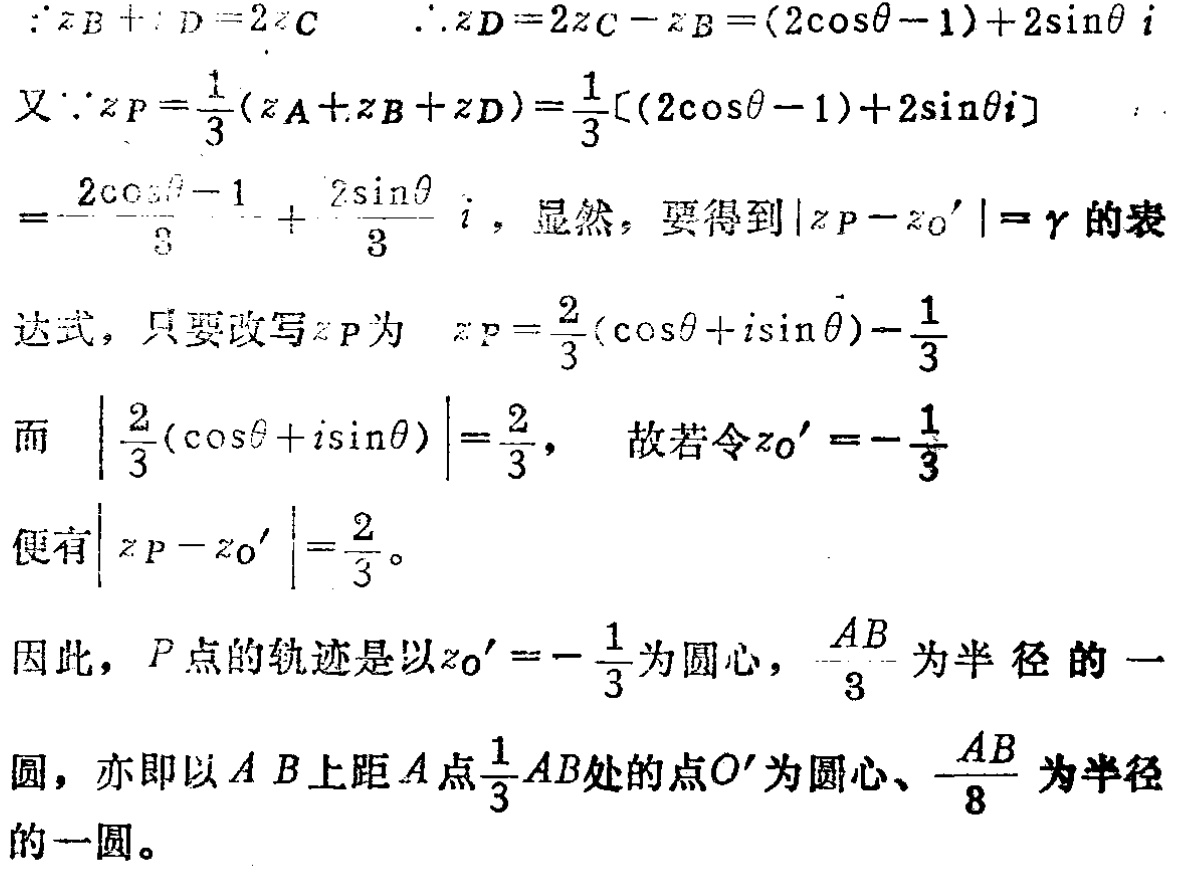
\[\begin{align*}
&\because z_{B}+z_{D} = 2z_{C}\quad\therefore z_{D}=2z_{C}-z_{B}=(2\cos\theta - 1)+2\sin\theta i\\
&又\because z_{P}=\frac{1}{3}(z_{A}+z_{B}+z_{D})=\frac{1}{3}[(2\cos\theta - 1)+2\sin\theta i]\\
&=\frac{2\cos\theta - 1}{3}+\frac{2\sin\theta}{3}i，显然，要得到|z_{P}-z_{O'}| = r的表\\
&达式，只要改写z_{P}为\quad z_{P}=\frac{2}{3}(\cos\theta + i\sin\theta)-\frac{1}{3}\\
&而\quad\left|\frac{2}{3}(\cos\theta + i\sin\theta)\right|=\frac{2}{3}，\quad故若令z_{O'}=-\frac{1}{3}\\
&便有|z_{P}-z_{O'}|=\frac{2}{3}。\\
\end{align*}\]
因此，\(P\)点的轨迹是以\(z_{O'}=-\frac{1}{3}\)为圆心，\(\frac{AB}{3}\)为半径的一圆，亦即 以\(AB\)上距\(A\)点\(\frac{1}{3}AB\)处的点\(O'\)为圆心、\(\frac{AB}{8}\)为半径的一圆。